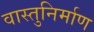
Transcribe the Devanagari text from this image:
वास्तुनिर्माण